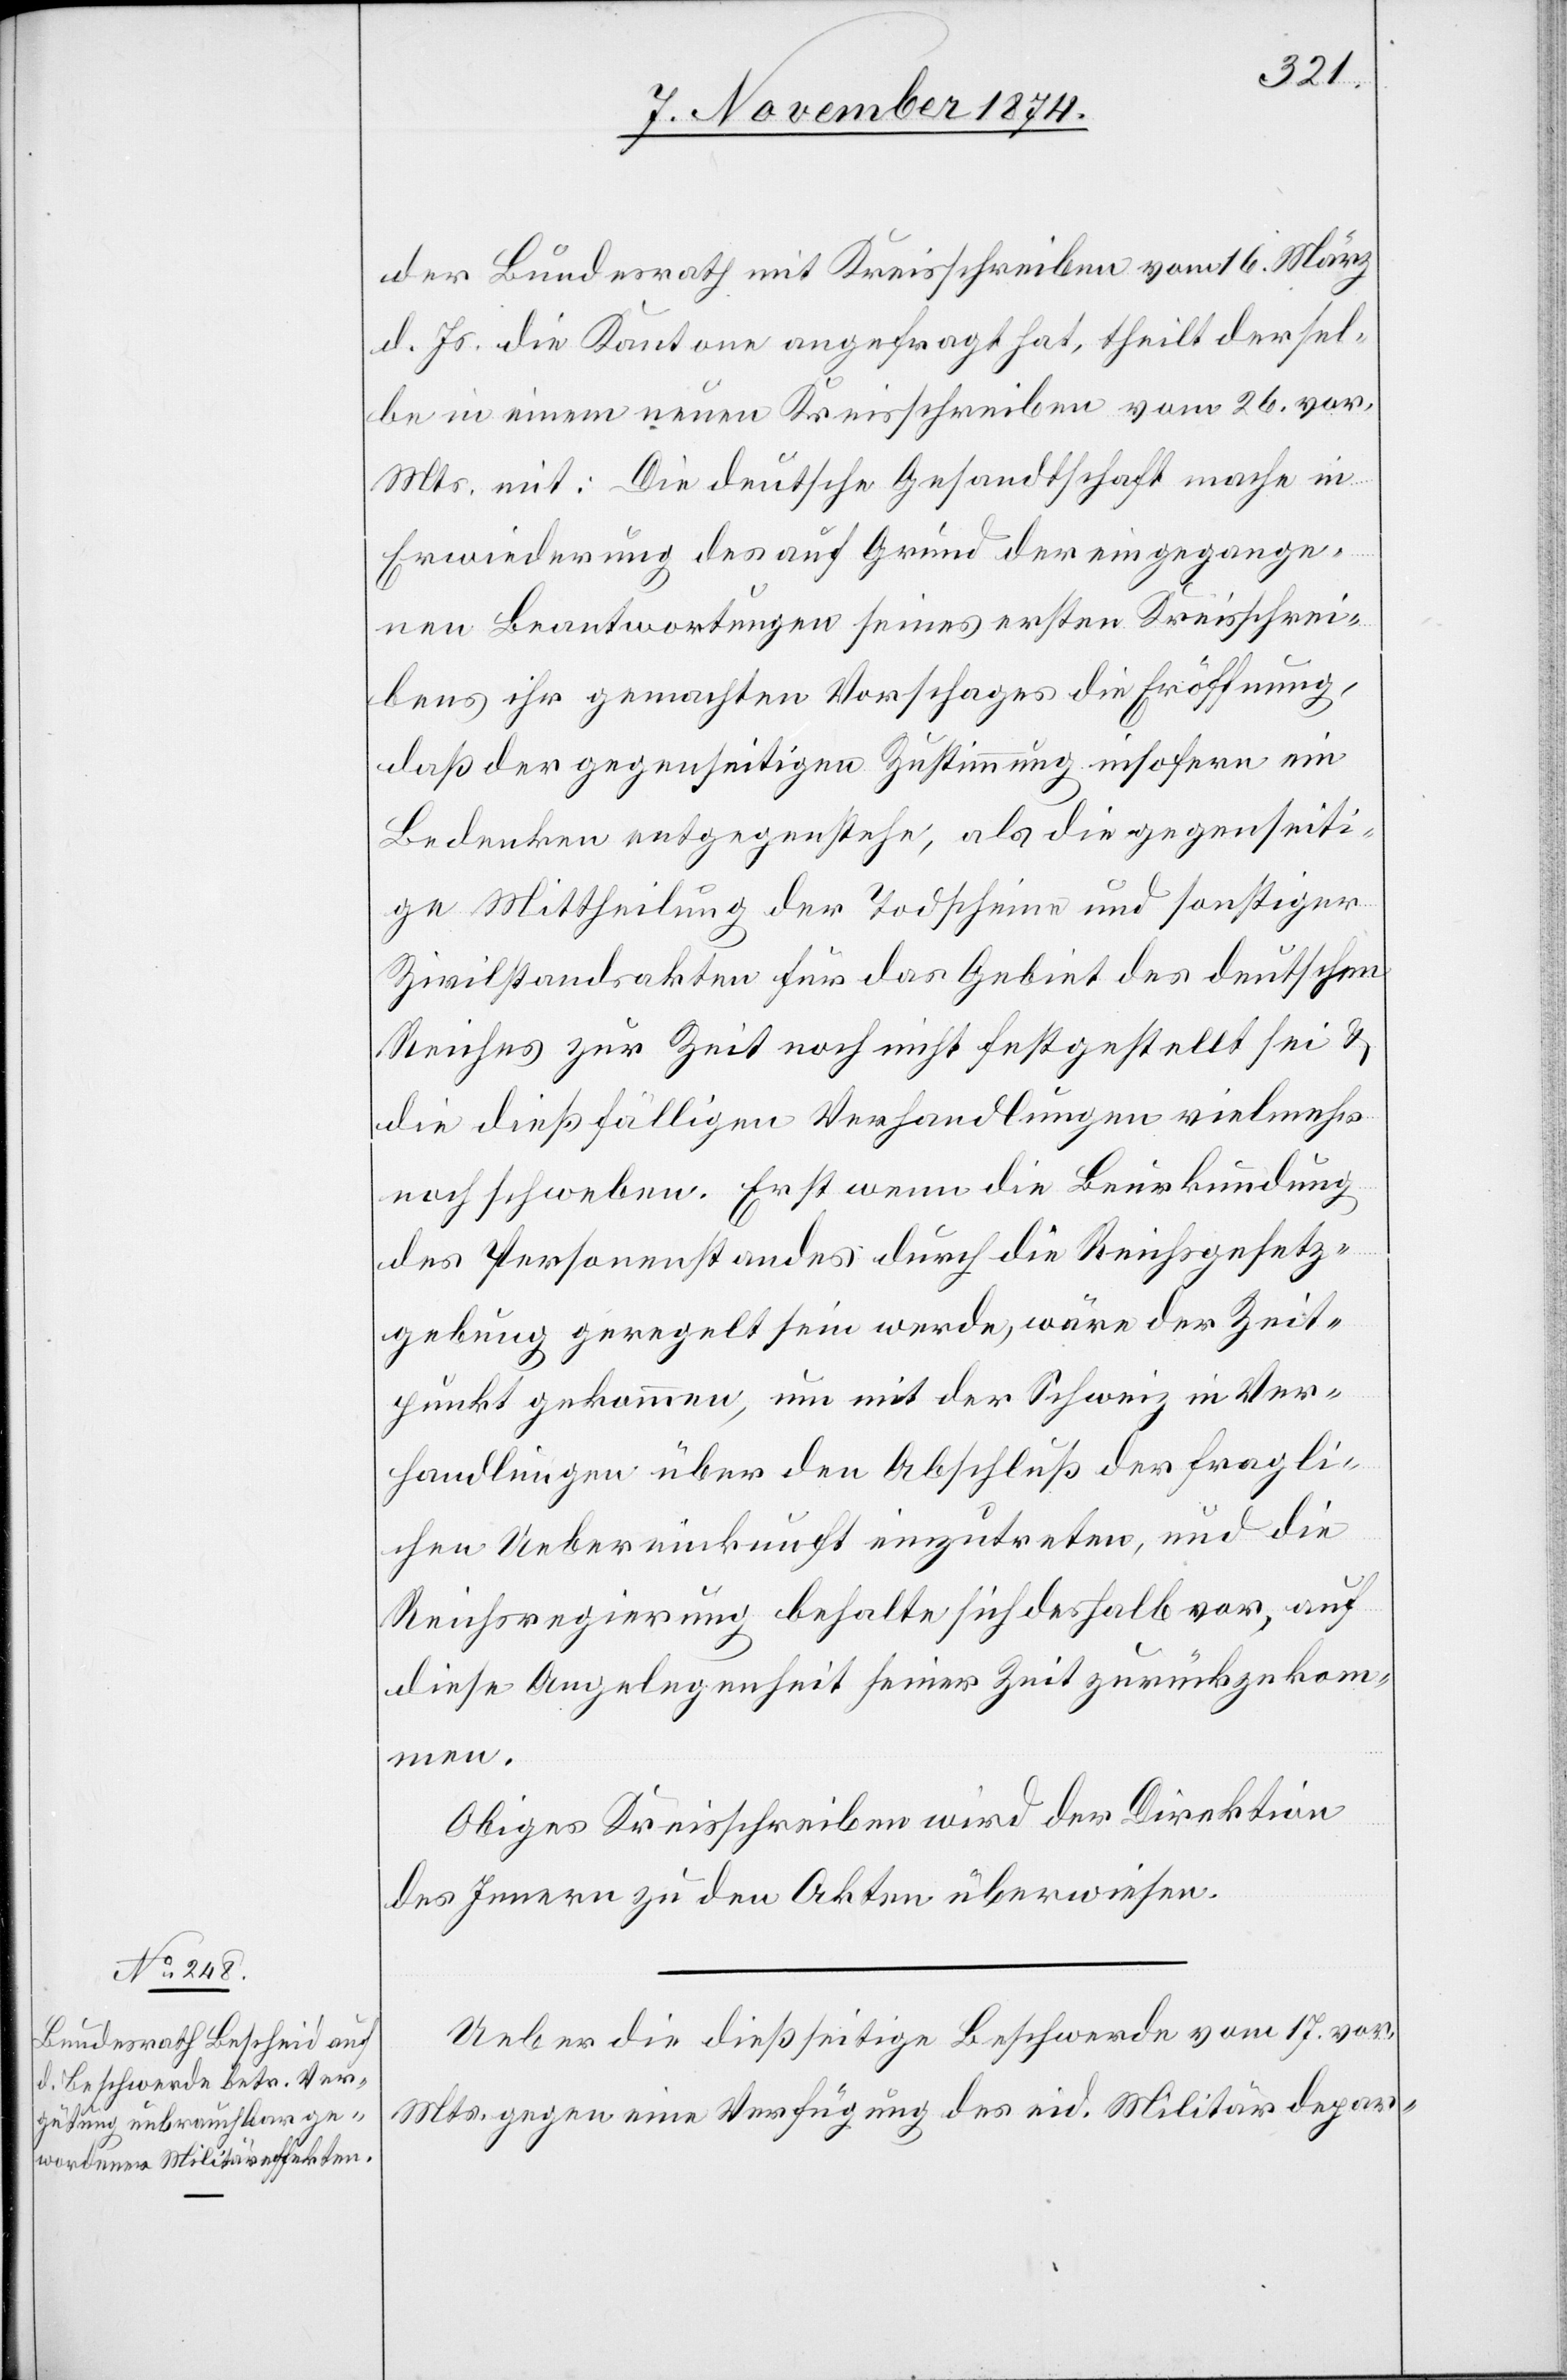
der Bundesrath mit Kreisschreiben vom 16. März
d. Js. die Kantone angefragt hat, theilt dersel¬
be in einem neuen Kreisschreiben vom 26. vor.
Mts. mit: Die deutsche Gesandtschaft mache in
Erwiederung des auf Grund der eingegange¬
nen Beantwortungen seines ersten Kreisschrei¬
bens ihr gemachten Vorschlages die Eröffnung,
daß der gegenseitigen Zustimmung insofern ein
Bedenken entgegenstehe, als die gegenseiti¬
ge Mittheilung der Todscheine und sonstiger
Zivilstandsakten für das Gebiet des deutschen
Reiches zur Zeit noch nicht festgestellt sei &
die dießfälligen Verhandlungen vielmehr
noch schweben. Erst wenn die Beurkundung
des Personenstandes durch die Reichsgesetz¬
gebung geregelt sein werde, wäre der Zeit¬
punkt gekommen, um mit der Schweiz in Ver¬
handlungen über den Abschluß der fragli¬
chen Uebereinkunft einzutreten, und die
Reichsregierung behalte sich deshalb vor, auf
diese Angelegenheit seiner Zeit zurückgekom¬
men.
Obiges Kreisschreiben wird der Direktion
des Innern zu den Akten überwiesen.
Ueber die dießseitige Beschwerde vom 17. vor.
Mts. gegen eine Verfügung des eid. Militärdepar-